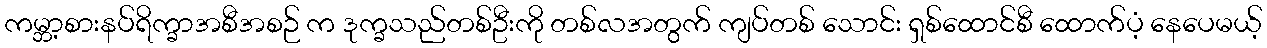
ကမ္ဘာ့စားနပ်ရိက္ခာအစီအစဉ် က ဒုက္ခသည်တစ်ဦးကို တစ်လအတွက် ကျပ်တစ် သောင်း ရှစ်ထောင်စီ ထောက်ပံ့ နေပေမယ့်